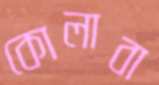
কোলাবা